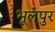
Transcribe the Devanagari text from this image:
भूलपुर